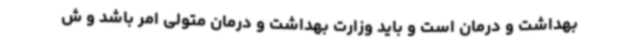
بهداشت و درمان است و باید وزارت بهداشت و درمان متولی امر باشد و ش